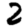
Digit: 2